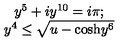
\begin{array} { c } { y ^ { 5 } + i y ^ { 1 0 } = i \pi ; } \\ { y ^ { 4 } \leq \sqrt { u - \mathrm { c o s h } y ^ { 6 } } } \\ \end{array}